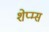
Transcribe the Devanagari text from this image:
शेप्म्स